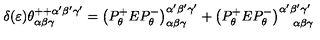
\delta ( \varepsilon ) \theta _ { \alpha \beta \gamma } ^ { + + \alpha ^ { \prime } \beta ^ { \prime } \gamma ^ { \prime } } = \left( P _ { \theta } ^ { + } E P _ { \theta } ^ { - } \right) _ { \alpha \beta \gamma } ^ { \alpha ^ { \prime } \beta ^ { \prime } \gamma ^ { \prime } } + \left( P _ { \theta } ^ { + } E P _ { \theta } ^ { - } \right) _ { \quad \alpha \beta \gamma } ^ { \alpha ^ { \prime } \beta ^ { \prime } \gamma ^ { \prime } }